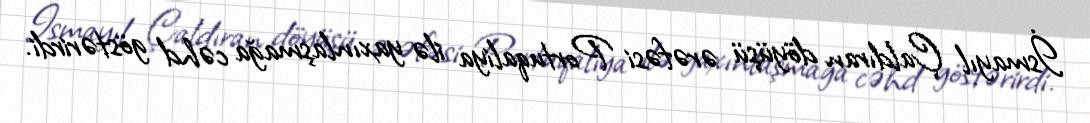
İsmayıl Çaldıran döyüşü ərəfəsi Portuqaliya ilə yaxınlaşmağa cəhd göstərirdi.